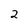
Character: 2